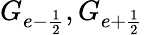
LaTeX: G_{e-\frac{1}{2}},G_{e+\frac{1}{2}}